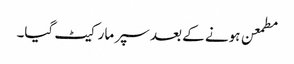
مطمعن ہونے کے بعد سپر مارکیٹ گیا۔